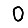
Digit: 0